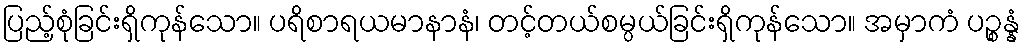
ပြည့်စုံခြင်းရှိကုန်သော။ ပရိစာရယမာနာနံ၊ တင့်တယ်စမ္ပယ်ခြင်းရှိကုန်သော။ အမှာကံ ပဉ္စန္နံ